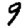
Digit: 9